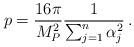
LaTeX: \begin{align*} p = \frac{16 \pi}{M_{P}^2}\frac{1}{\sum_{j=1}^{n} \alpha_{j}^2} \,.\end{align*}